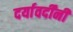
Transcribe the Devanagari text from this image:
दर्यावर्दींनी